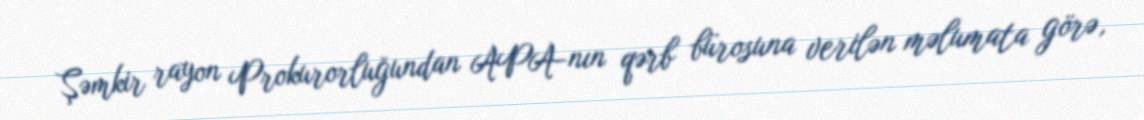
Şəmkir rayon Prokurorluğundan APA-nın qərb bürosuna verilən məlumata görə,